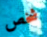
شخص